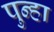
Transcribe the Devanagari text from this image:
पुन्‍हा